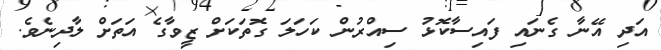
އަދި އޭނާ ގެނައި ފައިސާކޮޅު ސިއްރުން ކަހަލަ ގޮތަކަށް ޒީވާގެ އަތަށް ލާދިނެވެ.